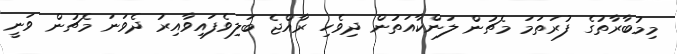
މިމުބާރާތުގެ ފުރަތަމަ މެޗުން ލަންކާއަތުން ދިވެހި ރާއްޖެ ބަލިވެފައިވާއިރު ދެވަނަ މެޗުން ވަނީ